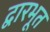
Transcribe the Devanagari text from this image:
द्वारभूत